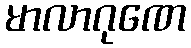
မာလာဂုဏေ